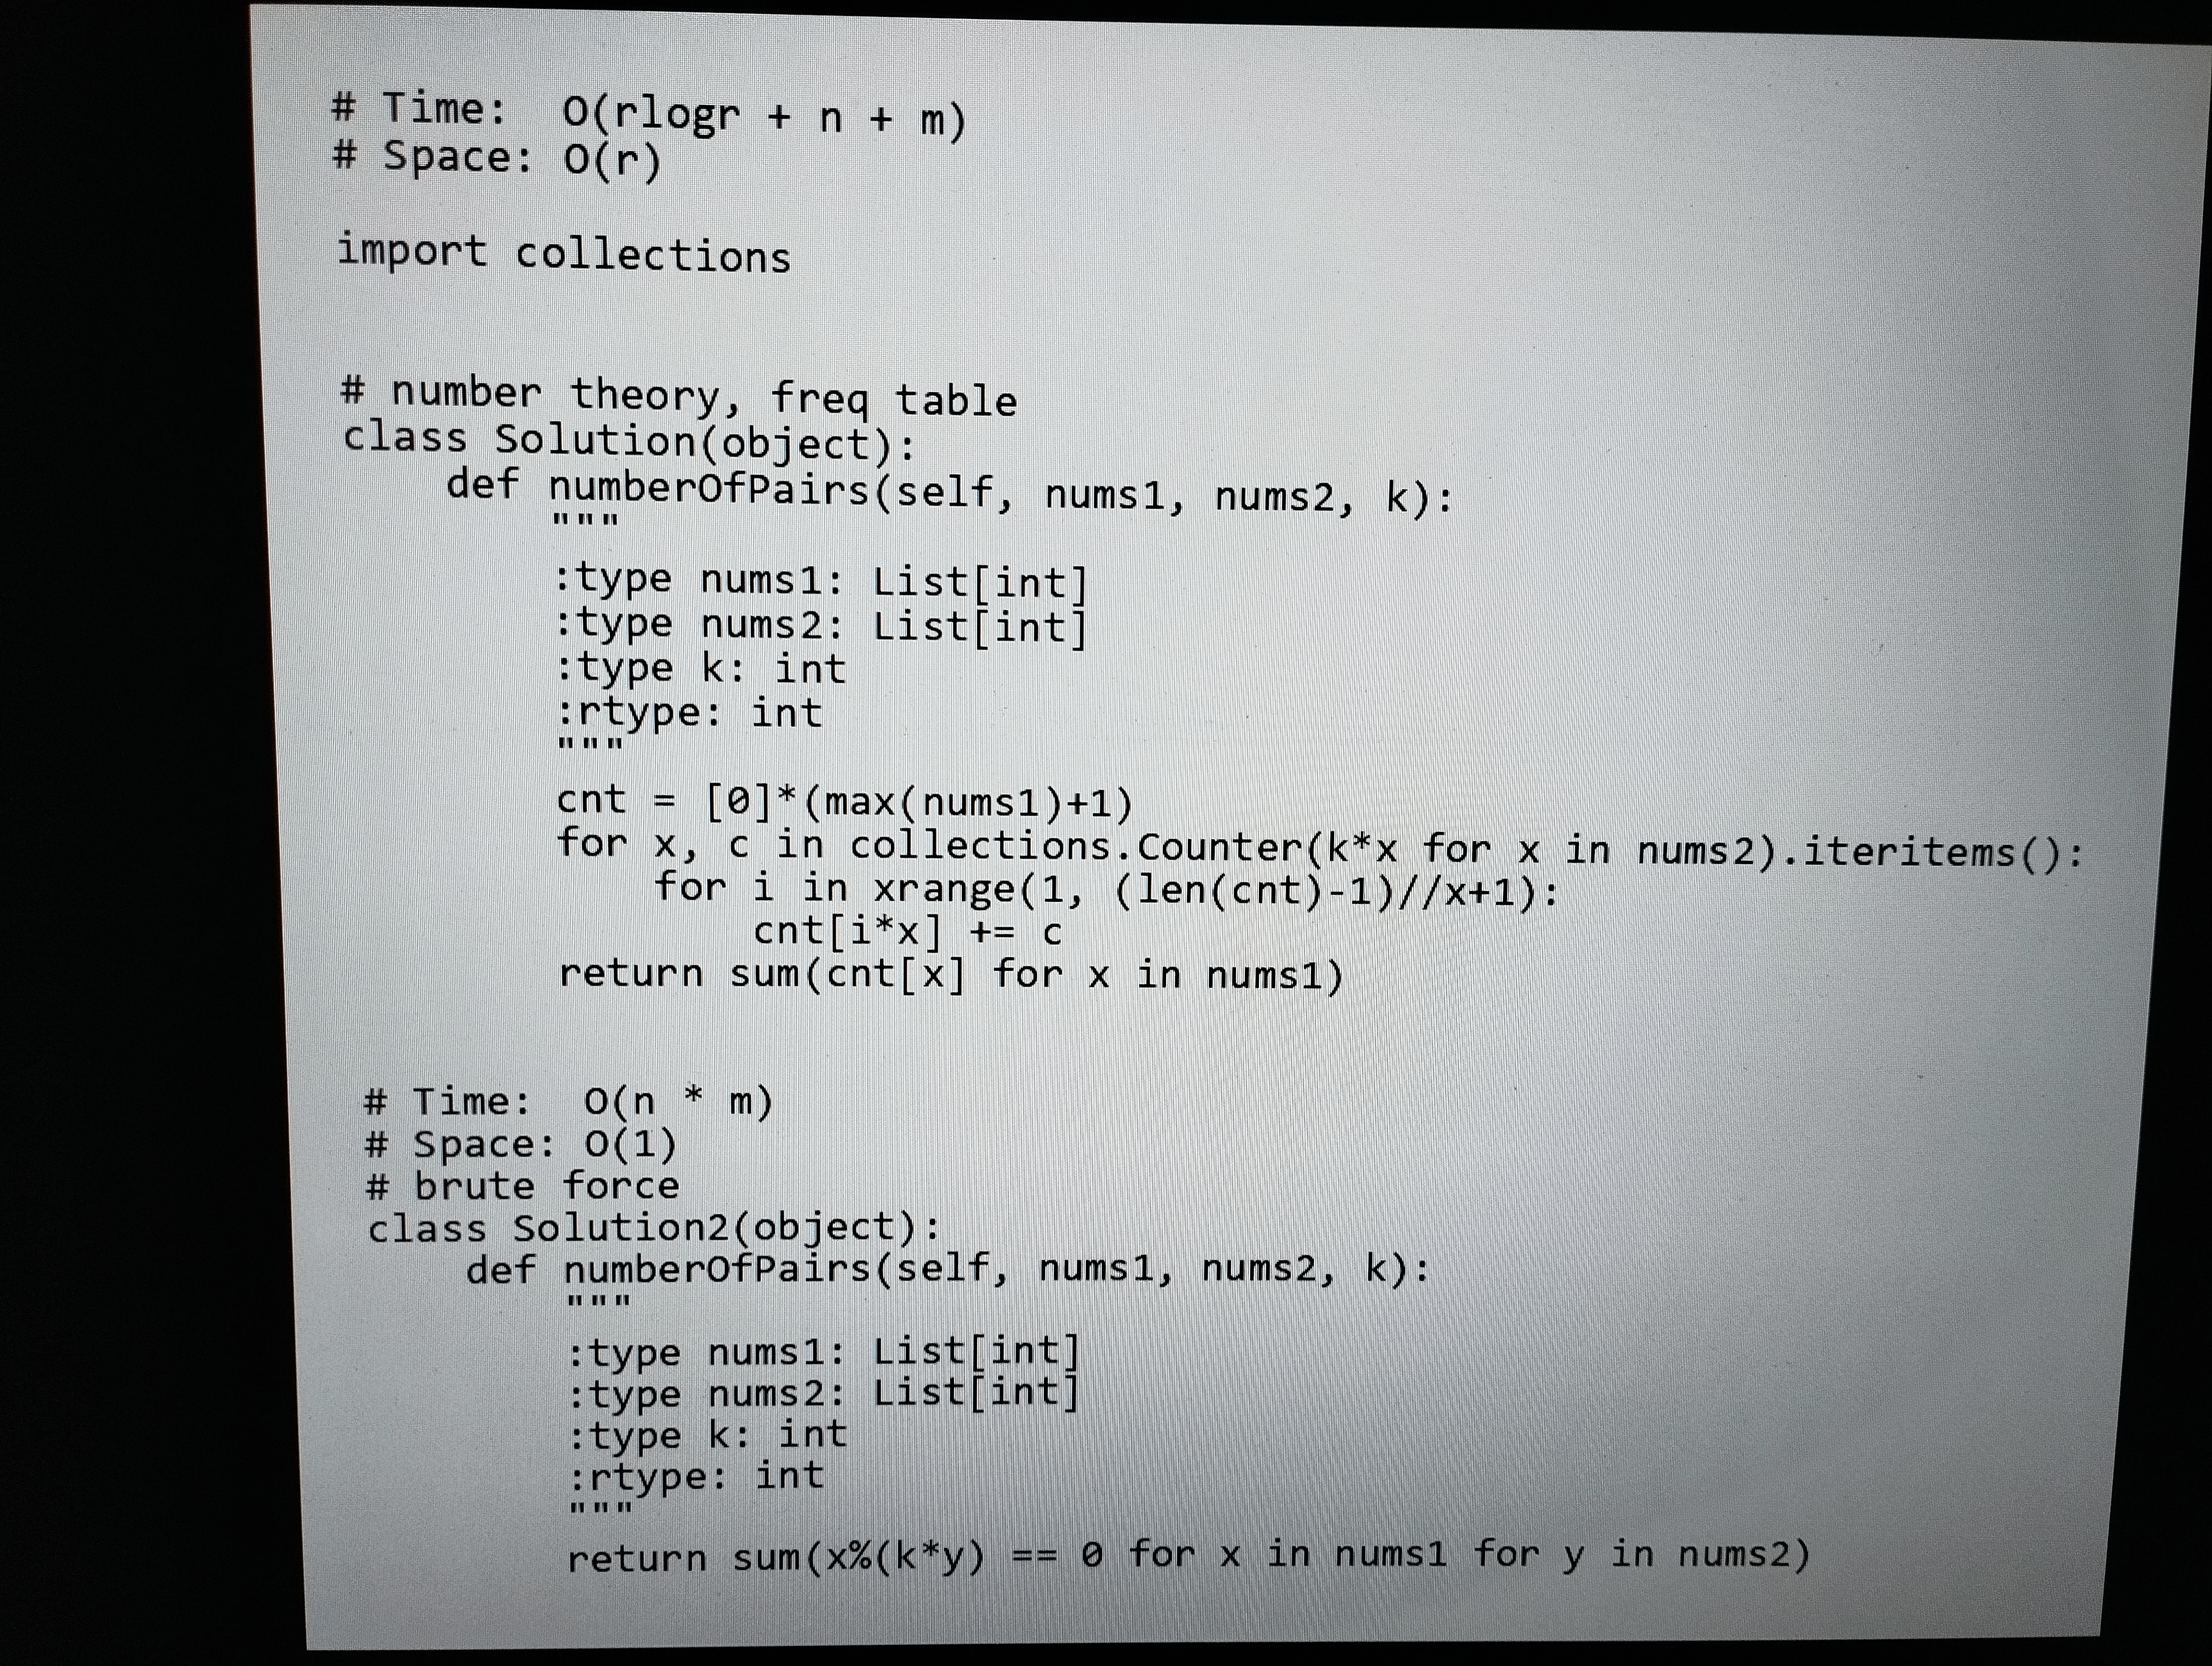
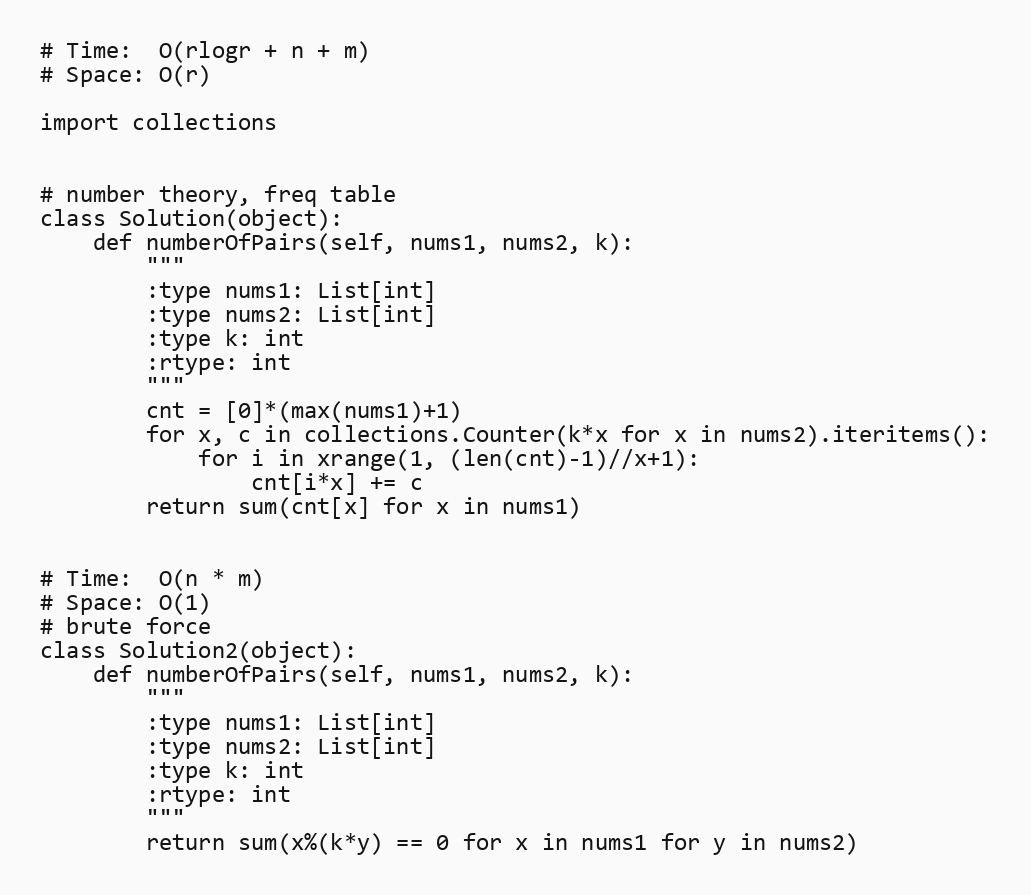
# Time:  O(rlogr + n + m)
# Space: O(r)

import collections

# number theory, freq table
class Solution(object):
    def numberOfPairs(self, nums1, nums2, k):
        """
        :type nums1: List[int]
        :type nums2: List[int]
        :type k: int
        :rtype: int
        """
        cnt = [0]*(max(nums1)+1)
        for x, c in collections.Counter(k*x for x in nums2).iteritems():
            for i in xrange(1, (len(cnt)-1)//x+1):
                cnt[i*x] += c
        return sum(cnt[x] for x in nums1)

# Time:  O(n * m)
# Space: O(1)
# brute force
class Solution2(object):
    def numberOfPairs(self, nums1, nums2, k):
        """
        :type nums1: List[int]
        :type nums2: List[int]
        :type k: int
        :rtype: int
        """
        return sum(x%(k*y) == 0 for x in nums1 for y in nums2)